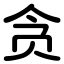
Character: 贪